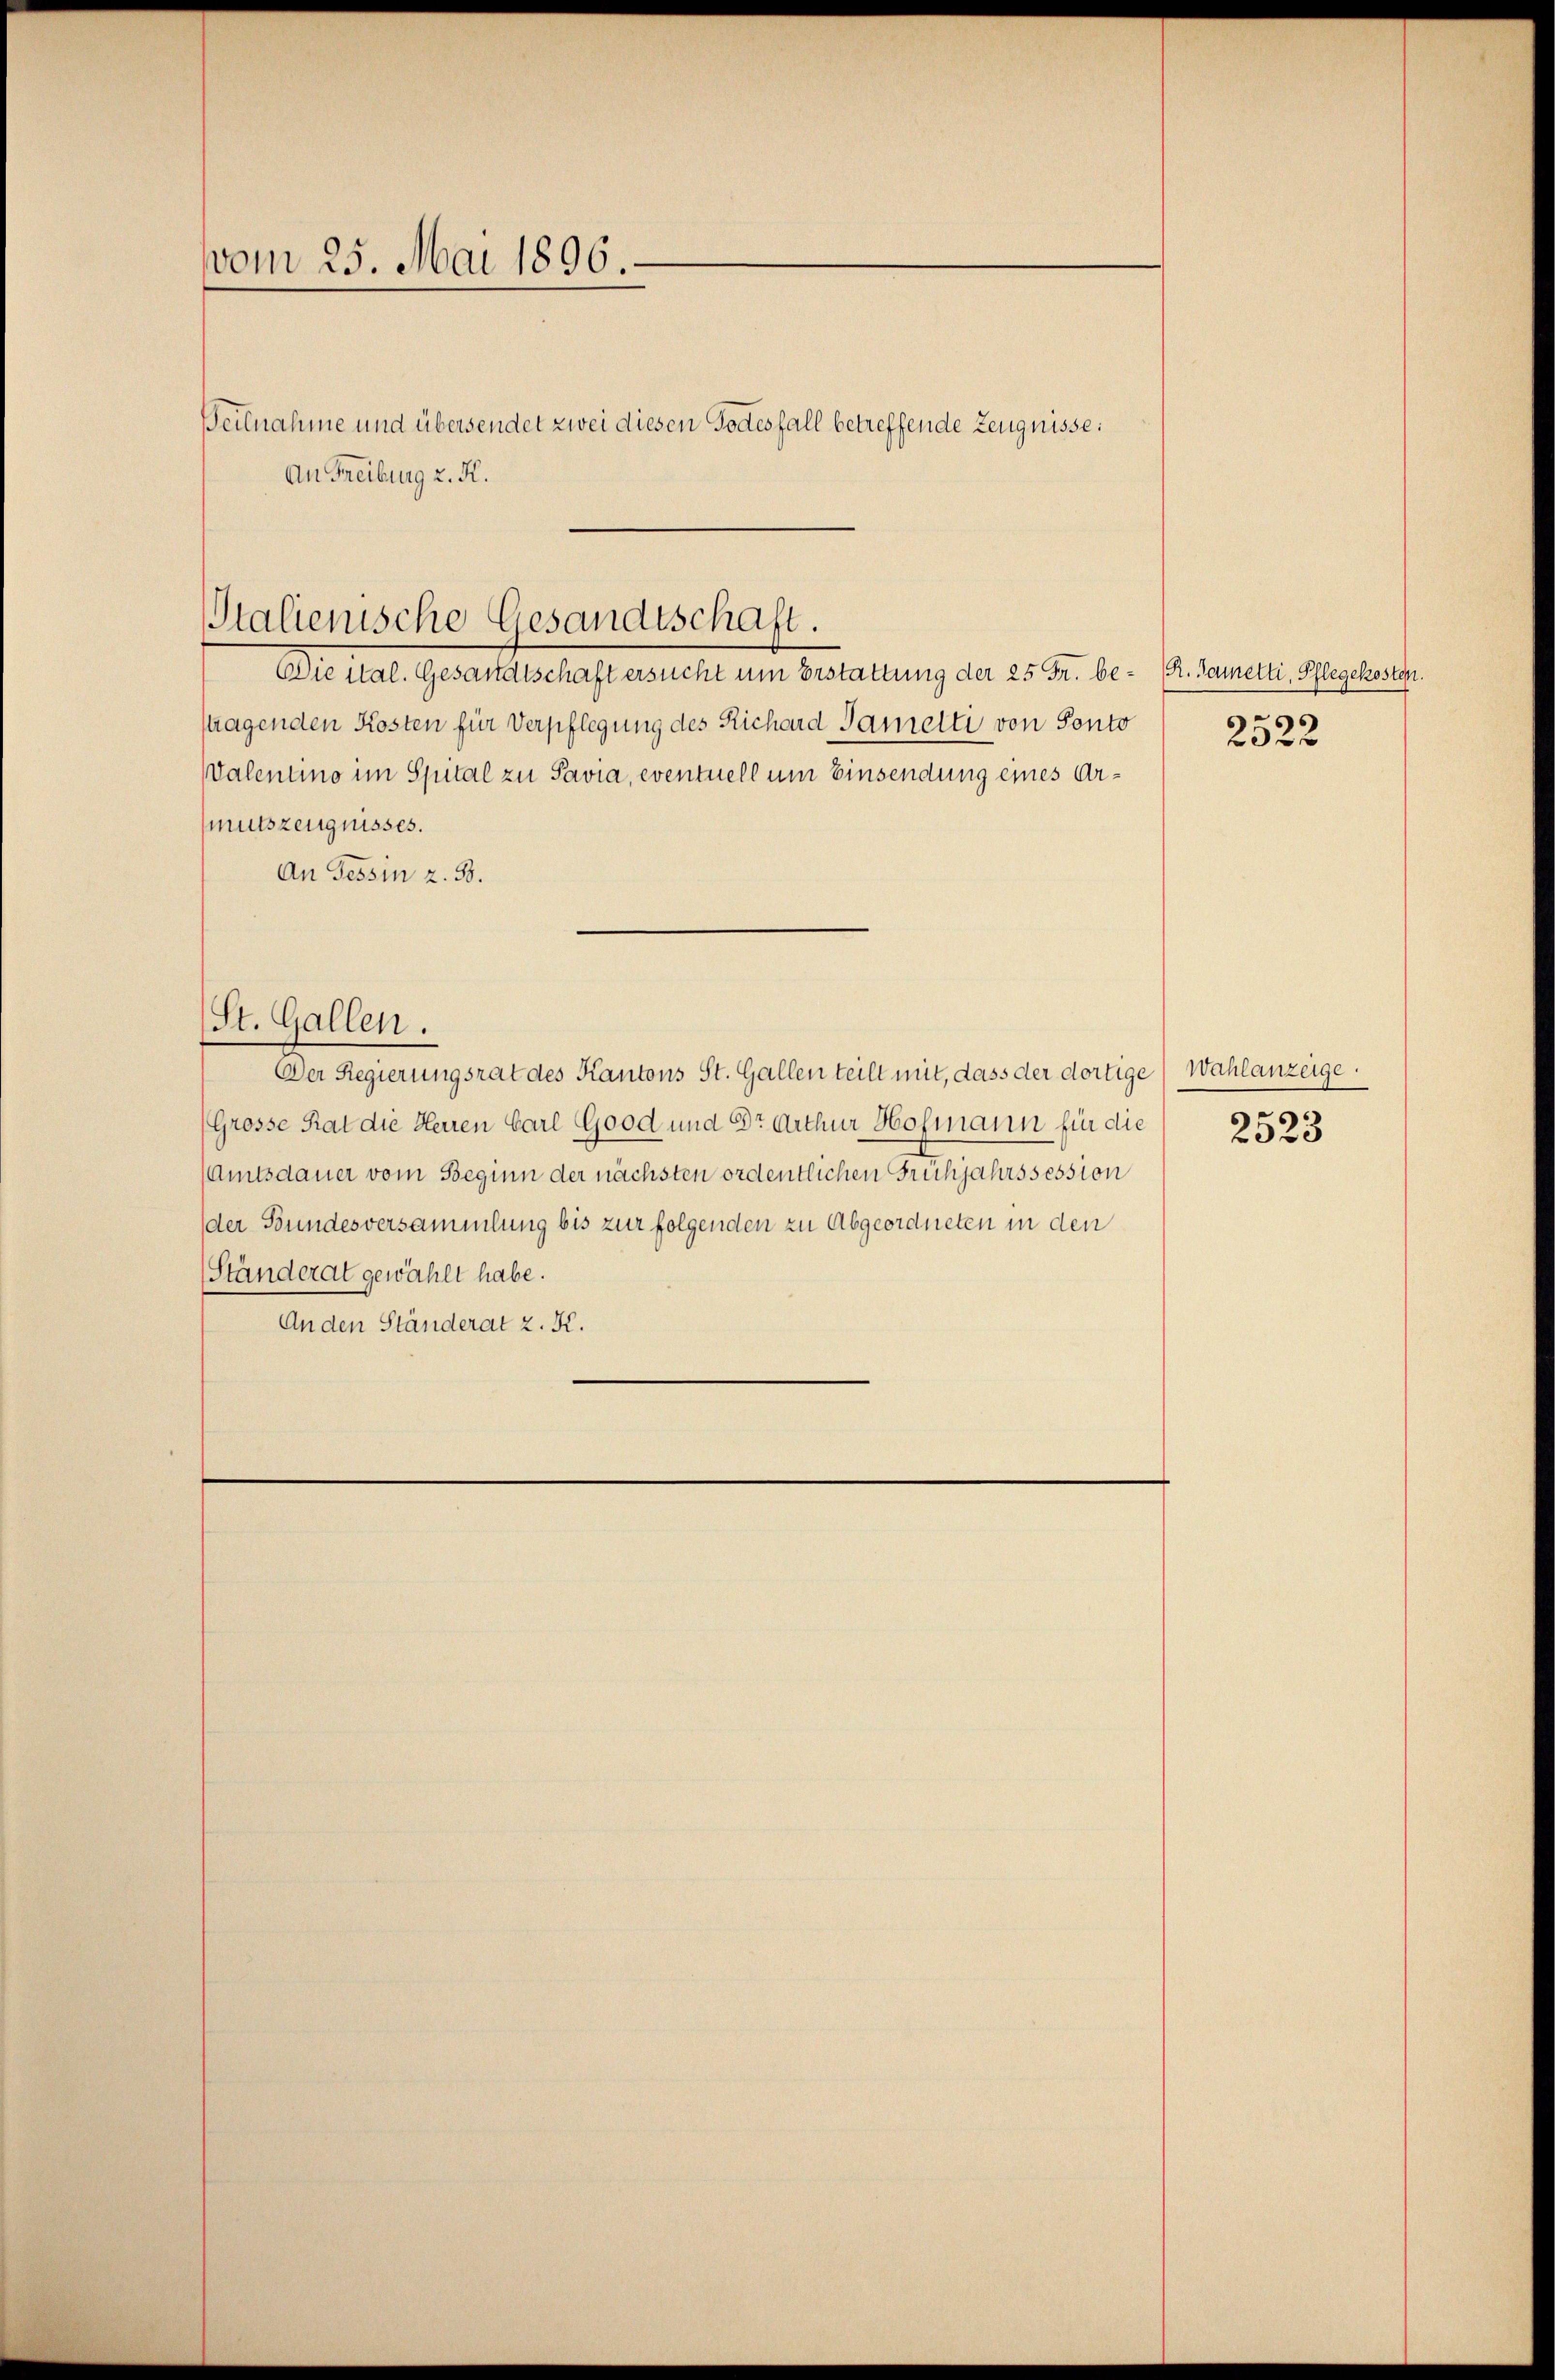
vom 25. Mai 1896.
Beilnahme und übersendet zwei diesen Todesfall betreffende Zeugnisse:
An Freiburg z. K.

Die ital. Gesandtschaft ersucht um Erstattung der 25 Fr. be- R. Samelti, Pflegekosten.
stragenden Kosten für Verpflegung des Richard Samelti von Ponto
Walentino im Spital zu Pavia, eventuell um Einsendung eines Armutszeugnisses.
An Tessin z. 58.
St. Gallen.
Der Regierungsrat des Kantons St. Gallen teilt mit, dass der dortige Wahlanzeige.
(Grosse Rat die Herren Carl Good und Dr. Arthur Hofmann für die
(Amtsdauer vom Beginn der nächsten ordentlichen Frühjahrssession
der Bundesversammlung bis zur folgenden zu Abgeordneten in den
Ständerat gewählt habe.
An den Ständerat z. K.

Stalienische Gesandtschaft.

2522

2523